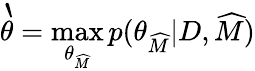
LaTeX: \grave{\theta}=\operatorname*{max}_{\theta_{\widehat{M}}}p(\theta_{\widehat{M}}|D,\widehat{M})